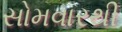
સોમવારથી